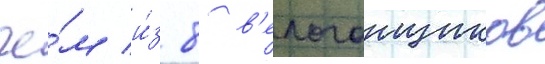
че́м и́з 8 в'елогонщиков